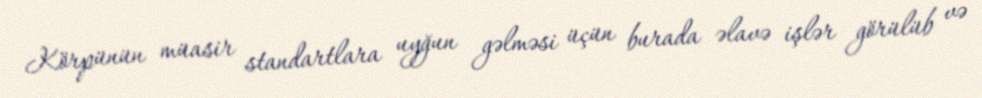
Körpünün müasir standartlara uyğun gəlməsi üçün burada əlavə işlər görülüb və